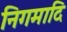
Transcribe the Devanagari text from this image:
निगमादि